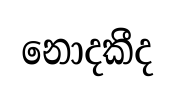
නොදකීද